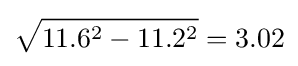
{\sqrt {11.6^{2}-11.2^{2}}}=3.02